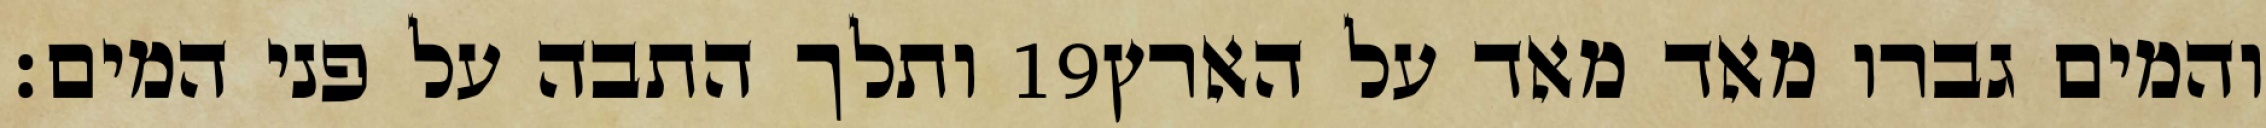
ותלך התבה על פני המים׃ ‎19‏ והמים גברו מאד מאד על הארץ